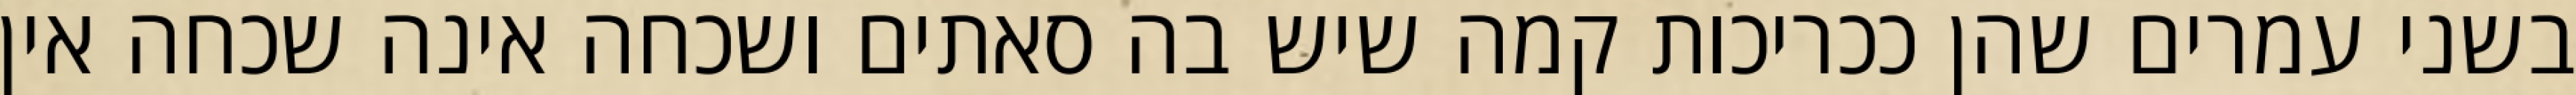
בשני עמרים שהן ככריכות קמה שיש בה סאתים ושכחה אינה שכחה אין